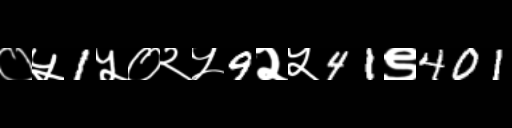
Text: ०५1५०२५9२५41९401